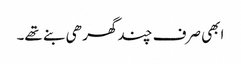
ابھی صرف چند گھر ھی بنے تھے۔